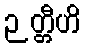
ဉတ္တီဟိ